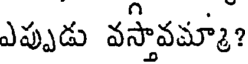
ఎప్పుడు వస్తావమ్మా?